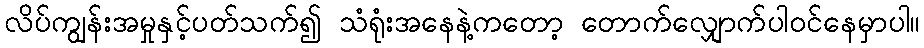
လိပ်ကျွန်းအမှုနှင့်ပတ်သက်၍ သံရုံးအနေနဲ့ကတော့ တောက်လျှောက်ပါဝင်နေမှာပါ။